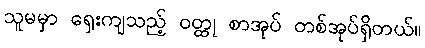
သူမမှာ ရှေးကျသည့် ဝတ္ထု စာအုပ် တစ်အုပ်ရှိတယ်။